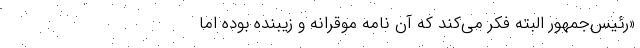
«رئیس‌جمهور البته فکر می‌کند که آن نامه موقرانه و زیبنده بوده اما